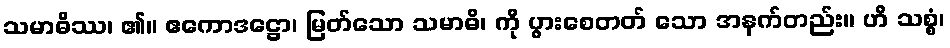
သမာဓိဿ၊ ၏။ ဧကောဒဋ္ဌော၊ မြတ်သော သမာဓိ၊ ကို ပွားစေတတ် သော အနက်တည်း။ ဟိ သစ္စံ၊